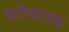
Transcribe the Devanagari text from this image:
सरोवरच्या